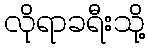
လိုရာခရီးသို့